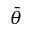
\bar { \theta }